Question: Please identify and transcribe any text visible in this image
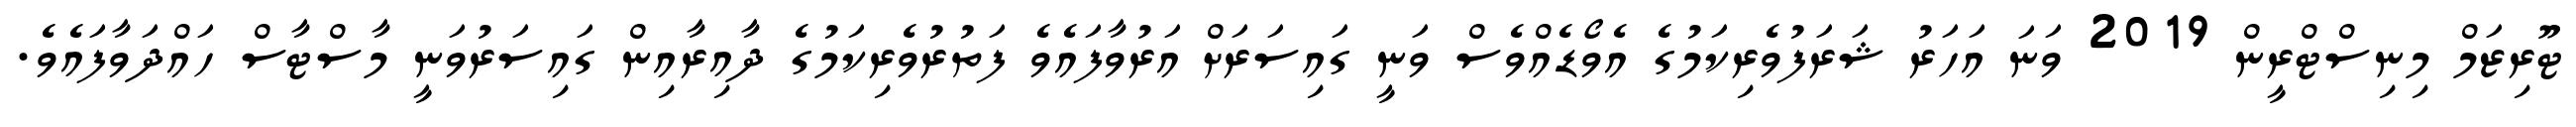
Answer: ޓޫރިޒަމް މިނިސްޓްރީން 2019 ވަނަ އަހަރު ޝަރަފުވެރިކަމުގެ އެވޯޑެއްވެސް ވަނީ ގައިސަރަށް އަރުވާފައެވެ ފަތުރުވެރިކަމުގެ ދާއިރާއިން ގައިސަރުވަނީ މާސްޓާސް ހައްދަވާފައެވެ.